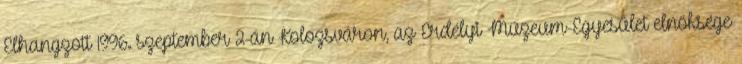
Elhangzott 1996. szeptember 2-án Kolozsváron, az Erdélyi Múzeum-Egyesület elnöksége